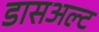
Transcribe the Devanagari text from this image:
डासअल्ट